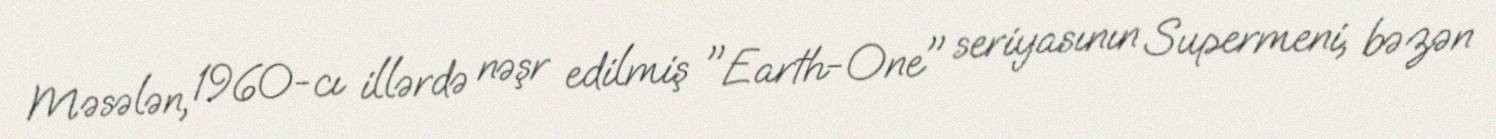
Məsələn, 1960-cı illərdə nəşr edilmiş "Earth-One" seriyasının Supermeni, bəzən